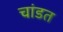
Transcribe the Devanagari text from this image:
चांडत